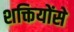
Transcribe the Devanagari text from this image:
शक्तियोंसे